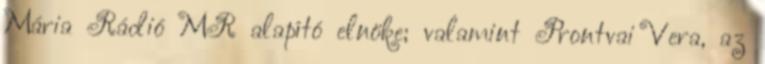
Mária Rádió MR alapító elnöke; valamint Prontvai Vera, az